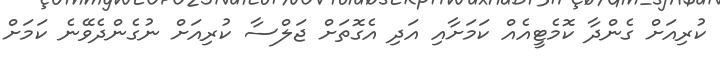
ކުރިއަށް ގެންދާ ކޮމެޓީއެއް ކަމަށާއި އަދި އެގޮތަށް ޖަލްސާ ކުރިއަށް ނުގެންދެވޭނެ ކަމަށް